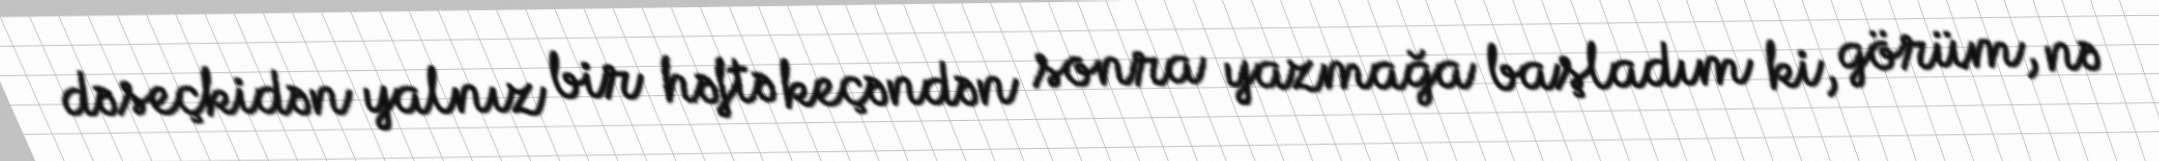
dəseçkidən yalnız bir həftə keçəndən sonra yazmağa başladım ki, görüm, nə